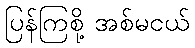
ပြန်ကြစို့ အစ်မငယ်